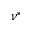
\nu ^ { * }